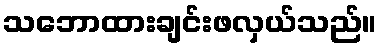
သဘောထားချင်းဖလှယ်သည်။